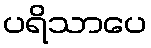
ပရိသာပေ